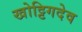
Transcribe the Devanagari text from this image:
खोट्टिगदेव